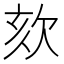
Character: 欬